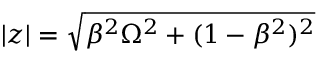
| z | = \sqrt { \beta ^ { 2 } \Omega ^ { 2 } + ( 1 - \beta ^ { 2 } ) ^ { 2 } }